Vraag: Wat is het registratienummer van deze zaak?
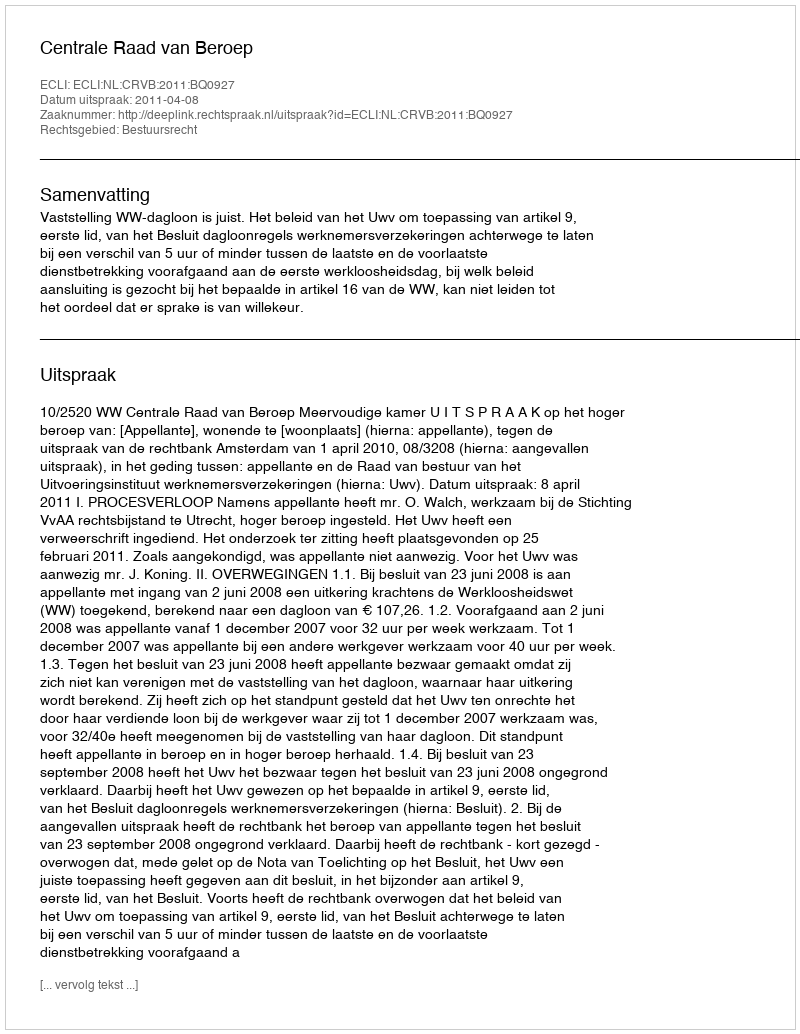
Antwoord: http://deeplink.rechtspraak.nl/uitspraak?id=ECLI:NL:CRVB:2011:BQ0927